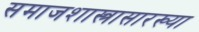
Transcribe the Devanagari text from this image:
समाजशास्त्रासारख्या